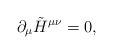
\begin{align*}\partial_\mu \tilde{H}^{\mu \nu }=0 , \end{align*}